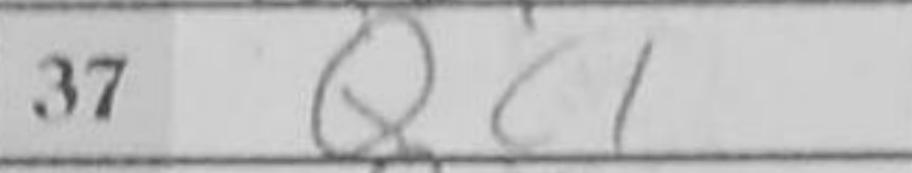
Transcription: Qc1